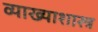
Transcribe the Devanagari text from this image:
व्याख्याशास्त्र